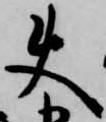
使